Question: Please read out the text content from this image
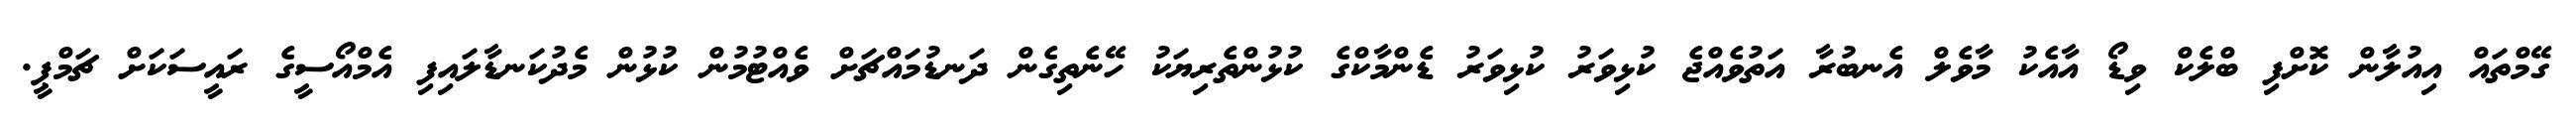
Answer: ގޭމްތައް އިއުލާން ކޮށްފި ބްލެކް ވިޑޯ އާއެކު މާވެލް އެނބުރާ އަތުވެއްޖެ ކުޅިވަރު ކުޅިވަރު ޑެންމާކްގެ ކުޅުންތެރިޔަކު ހޭނެތިގެން ދަނޑުމައްޗަށް ވެއްޓުމުން ކުޅުން މެދުކަނޑާލައިފި އެމްއޯސީގެ ރައީސަކަށް ޗަމްޕީ.